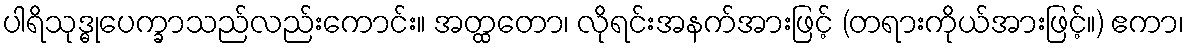
ပါရိသုဒ္ဓုပေက္ခာသည်လည်းကောင်း။ အတ္ထတော၊ လိုရင်းအနက်အားဖြင့် (တရားကိုယ်အားဖြင့်။) ဧကာ၊